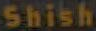
Shish